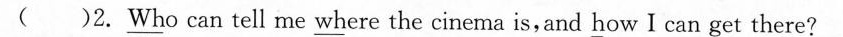
( )2.Who can tell me where the cinema is, and how I can get there?